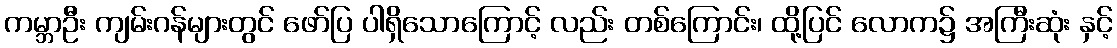
ကမ္ဘာဦး ကျမ်းဂန်များတွင် ဖော်ပြ ပါရှိသောကြောင့် လည်း တစ်ကြောင်း၊ ထို့ပြင် လောက၌ အကြီးဆုံး နှင့်